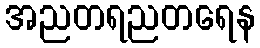
အညတရညတရေန